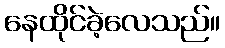
နေထိုင်ခဲ့လေသည်။